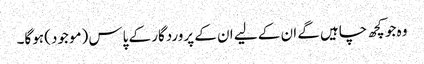
وہ جو کچھ چاہیں گے ان کے لیے ان کے پروردگار کے پاس (موجود) ہوگا۔